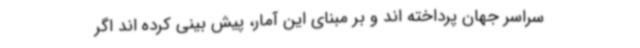
سراسر جهان پرداخته اند و بر مبنای این آمار، پیش بینی کرده اند اگر